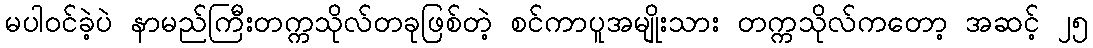
မပါဝင်ခဲ့ပဲ နာမည်ကြီးတက္ကသိုလ်တခုဖြစ်တဲ့ စင်ကာပူအမျိုးသား တက္ကသိုလ်ကတော့ အဆင့် ၂၅